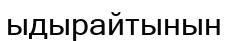
ыдырайтынын